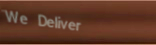
We Deliver